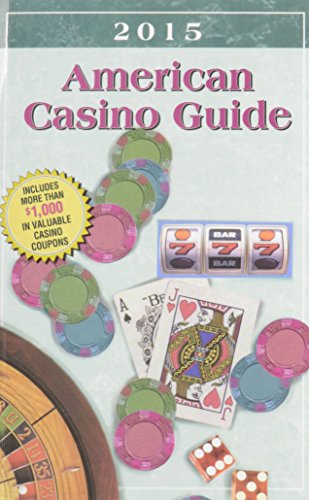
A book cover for American Casino Guide 2015 edition; Steve Bourie; Humor & Entertainment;